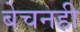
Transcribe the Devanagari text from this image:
बेचनही